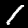
Label: 1